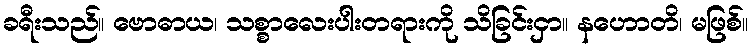
ခရီးသည်။ ဗောဓာယ၊ သစ္စာလေးပါးတရားကို သိခြင်းငှာ။ နဟောတိ၊ မဖြစ်။